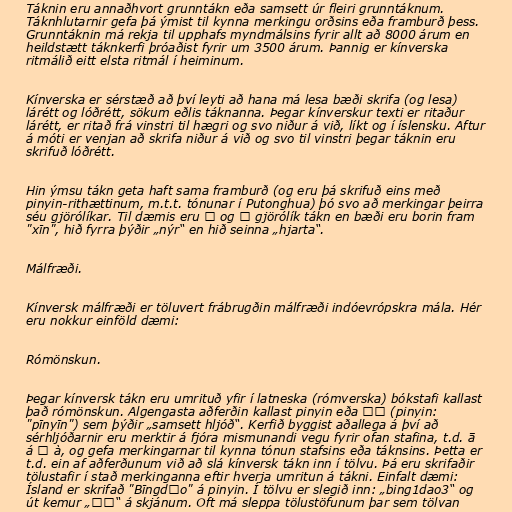
Táknin eru annaðhvort grunntákn eða samsett úr fleiri grunntáknum.
Táknhlutarnir gefa þá ýmist til kynna merkingu orðsins eða framburð þess.
Grunntáknin má rekja til upphafs myndmálsins fyrir allt að 8000 árum en
heildstætt táknkerfi þróaðist fyrir um 3500 árum. Þannig er kínverska
ritmálið eitt elsta ritmál í heiminum.

Kínverska er sérstæð að því leyti að hana má lesa bæði skrifa (og lesa)
lárétt og lóðrétt, sökum eðlis táknanna. Þegar kínverskur texti er ritaður
lárétt, er ritað frá vinstri til hægri og svo niður á við, líkt og í íslensku. Aftur
á móti er venjan að skrifa niður á við og svo til vinstri þegar táknin eru
skrifuð lóðrétt.

Hin ýmsu tákn geta haft sama framburð (og eru þá skrifuð eins með
pinyin-rithættinum, m.t.t. tónunar í Putonghua) þó svo að merkingar þeirra
séu gjörólíkar. Til dæmis eru 新 og 心 gjörólík tákn en bæði eru borin fram
"xīn", hið fyrra þýðir „nýr“ en hið seinna „hjarta“.

Málfræði.

Kínversk málfræði er töluvert frábrugðin málfræði indóevrópskra mála. Hér
eru nokkur einföld dæmi:

Rómönskun.

Þegar kínversk tákn eru umrituð yfir í latneska (rómverska) bókstafi kallast
það rómönskun. Algengasta aðferðin kallast pinyin eða 拼音 (pinyin:
"pīnyīn") sem þýðir „samsett hljóð“. Kerfið byggist aðallega á því að
sérhljóðarnir eru merktir á fjóra mismunandi vegu fyrir ofan stafina, t.d. ā
á ǎ à, og gefa merkingarnar til kynna tónun stafsins eða táknsins. Þetta er
t.d. ein af aðferðunum við að slá kínversk tákn inn í tölvu. Þá eru skrifaðir
tölustafir í stað merkinganna eftir hverja umritun á tákni. Einfalt dæmi:
Ísland er skrifað "Bīngdǎo" á pinyin. Í tölvu er slegið inn: „bing1dao3“ og
út kemur „冰岛“ á skjánum. Oft má sleppa tölustöfunum þar sem tölvan